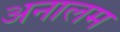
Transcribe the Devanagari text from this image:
अनालम